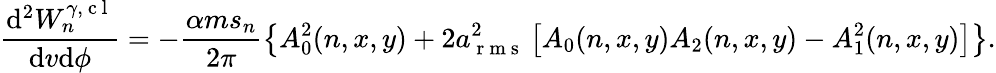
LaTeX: \frac{\mathrm{d}^{2}W_{n}^{\gamma,\mathrm{~c~l~}}}{\mathrm{d}v\mathrm{d}\phi}=-\frac{\alpha ms_{n}}{2\pi}\left\{ A_{0}^{2}(n,x,y)+2a_{\mathrm{~r~m~s~}}^{2}\left[A_{0}(n,x,y)A_{2}(n,x,y)-A_{1}^{2}(n,x,y)\right]\right\} .